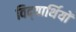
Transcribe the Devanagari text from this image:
विद्‍यार्थियों